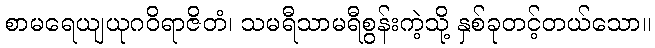
စာမရေယျယုဂဝိရာဇိတံ၊ သမရီသာမရီစွန်းကဲ့သို့ နှစ်ခုတင့်တယ်သော။